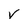
Character: V